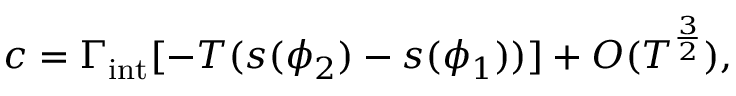
c = \Gamma _ { \mathrm { i n t } } [ - T ( s ( \phi _ { 2 } ) - s ( \phi _ { 1 } ) ) ] + O ( T ^ { \frac { 3 } { 2 } } ) ,